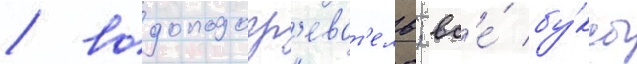
/ водоподогр'еват'ель; вс'е́ бу́ксы